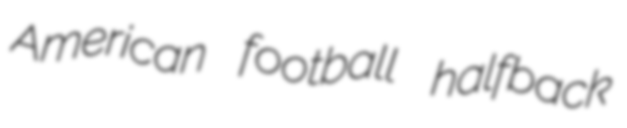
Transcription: American football halfback